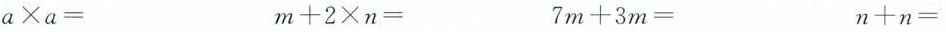
$$a \times a=$$ $$m+2 \times n=$$ $$7m+3m=$$ $$n+n=$$